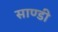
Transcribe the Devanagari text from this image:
साण्‍डी